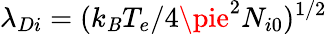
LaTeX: \lambda_{Di}=(k_{\mathit{B}}T_{e}/4\pie^{2}N_{i0})^{1/2}